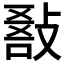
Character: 𢾵